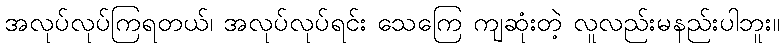
အလုပ်လုပ်ကြရတယ်၊ အလုပ်လုပ်ရင်း သေကြေ ကျဆုံးတဲ့ လူလည်းမနည်းပါဘူး။